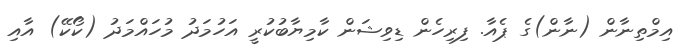
އިމްތިނާން (ނާން)ގެ ޕެއާ. ފިރިހެން ޑިވިޝަން ކާމިޔާބުކުރީ އަހުމަދު މުހައްމަދު (ކޯކޭ) އާއި